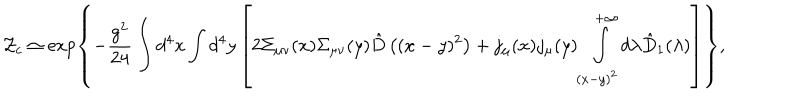
{ \cal Z } _ { c } \simeq \exp \left\{ - \frac { g ^ { 2 } } { 2 4 } \int d ^ { 4 } x \int d ^ { 4 } y \left[ 2 \Sigma _ { \mu \nu } ( x ) \Sigma _ { \mu \nu } ( y ) \hat { D } \left( ( x - y ) ^ { 2 } \right) + j _ { \mu } ( x ) j _ { \mu } ( y ) \int _ { ( x - y ) ^ { 2 } } ^ { + \infty } d \lambda \hat { D } _ { 1 } ( \lambda ) \right] \right\} ,